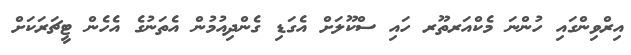
އިރްވިންގައި ހުންނަ މެކްއަރތޫރ ހައި ސްކޫލަށް އެގަޑި ގެންދިއުމުން އެތަނުގެ އެހެން ޓީޗަރަކަށް